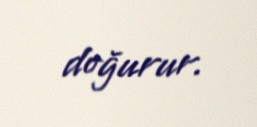
doğurur.